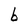
Character: b